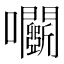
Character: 𡆏